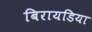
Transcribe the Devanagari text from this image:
बिरायडिया